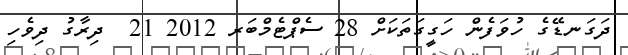
ދަގަނޑޭގެ ހުވަފެން ހަގީގަތަކަށް 28 ސެޕްޓެމްބަރ 2012 21  ދިރާގު ދިވެހި